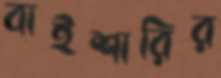
বাইশারির